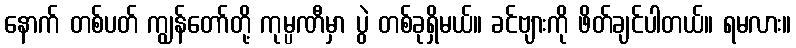
နောက် တစ်ပတ် ကျွန်တော်တို့ ကုမ္ပဏီမှာ ပွဲ တစ်ခုရှိမယ်။ ခင်ဗျားကို ဖိတ်ချင်ပါတယ်။ ရမလား။